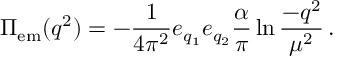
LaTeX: \Pi _ { \mathrm { e m } } ( q ^ { 2 } ) = - { \frac { 1 } { 4 \pi ^ { 2 } } } e _ { q _ { 1 } } e _ { q _ { 2 } } { \frac { \alpha } { \pi } } \ln { \frac { - q ^ { 2 } } { \mu ^ { 2 } } } \, .